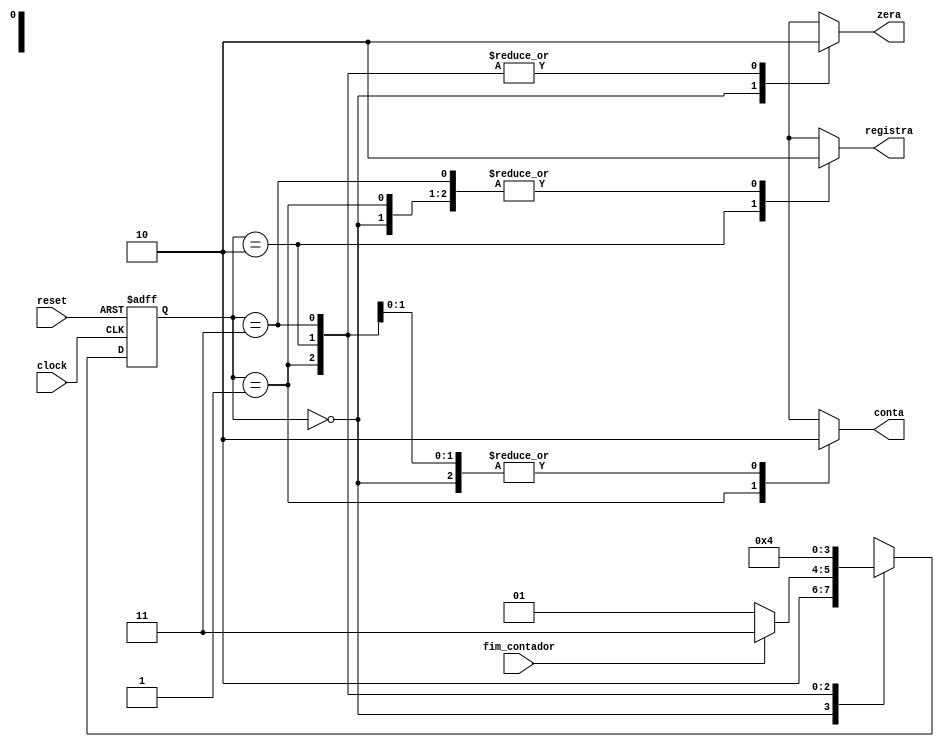
module unidade_controle
(
    clock,
	 reset,
    conta,
	 zera,
	 fim_contador,
	 registra
);

input clock, reset, fim_contador;

output reg conta, registra, zera;
    
localparam [1:0] // Estados
    inicial = 2'b00,
    contador = 2'b01, 
    registrador = 2'b10,
	 final = 2'b11;

reg[1:0] state_reg, state_next;

always @(posedge clock, posedge reset)
begin
    if(reset) // reset
        begin
        state_reg <= inicial;
        end
    else 
        begin
        state_reg <= state_next;
        end
end

always @(state_reg, fim_contador)
begin
    state_next = state_reg;
    
    registra = 1'b0; //retornar registra pra 0
	 conta = 1'b0; //retornar conta pra 0
	 zera = 1'b0; //retornar s_zera pra 0
    case(state_reg)
        inicial: begin
					 zera = 1'b1;
                state_next = registrador; // inicial vai pro estado registrador
					 end
        contador:
            begin
               conta = 1'b1; // ativa o contador
                if(fim_contador) // muda de estado quando contagem acaba
                    state_next = final;
                else    
                    state_next = contador; // fica no contador
            end
			registrador:
				begin
					registra = 1'b1;
					state_next = contador;
				end
			final: 
            state_next = inicial;   
    endcase
end
endmodule